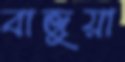
বাজুয়া